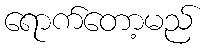
ရောက်တော့မည်